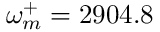
\omega _ { m } ^ { + } = 2 9 0 4 . 8